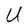
Character: U